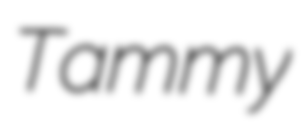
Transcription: Tammy